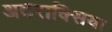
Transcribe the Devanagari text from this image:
अटराक्सिया